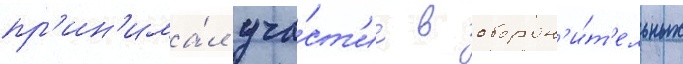
пр'ин'има́л уча́ст'ие в оборон'и́т'ельных